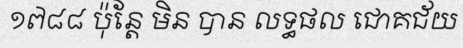
១៧៨៨ ប៉ុន្តែ មិន បាន លទ្ធផល ជោគជ័យ